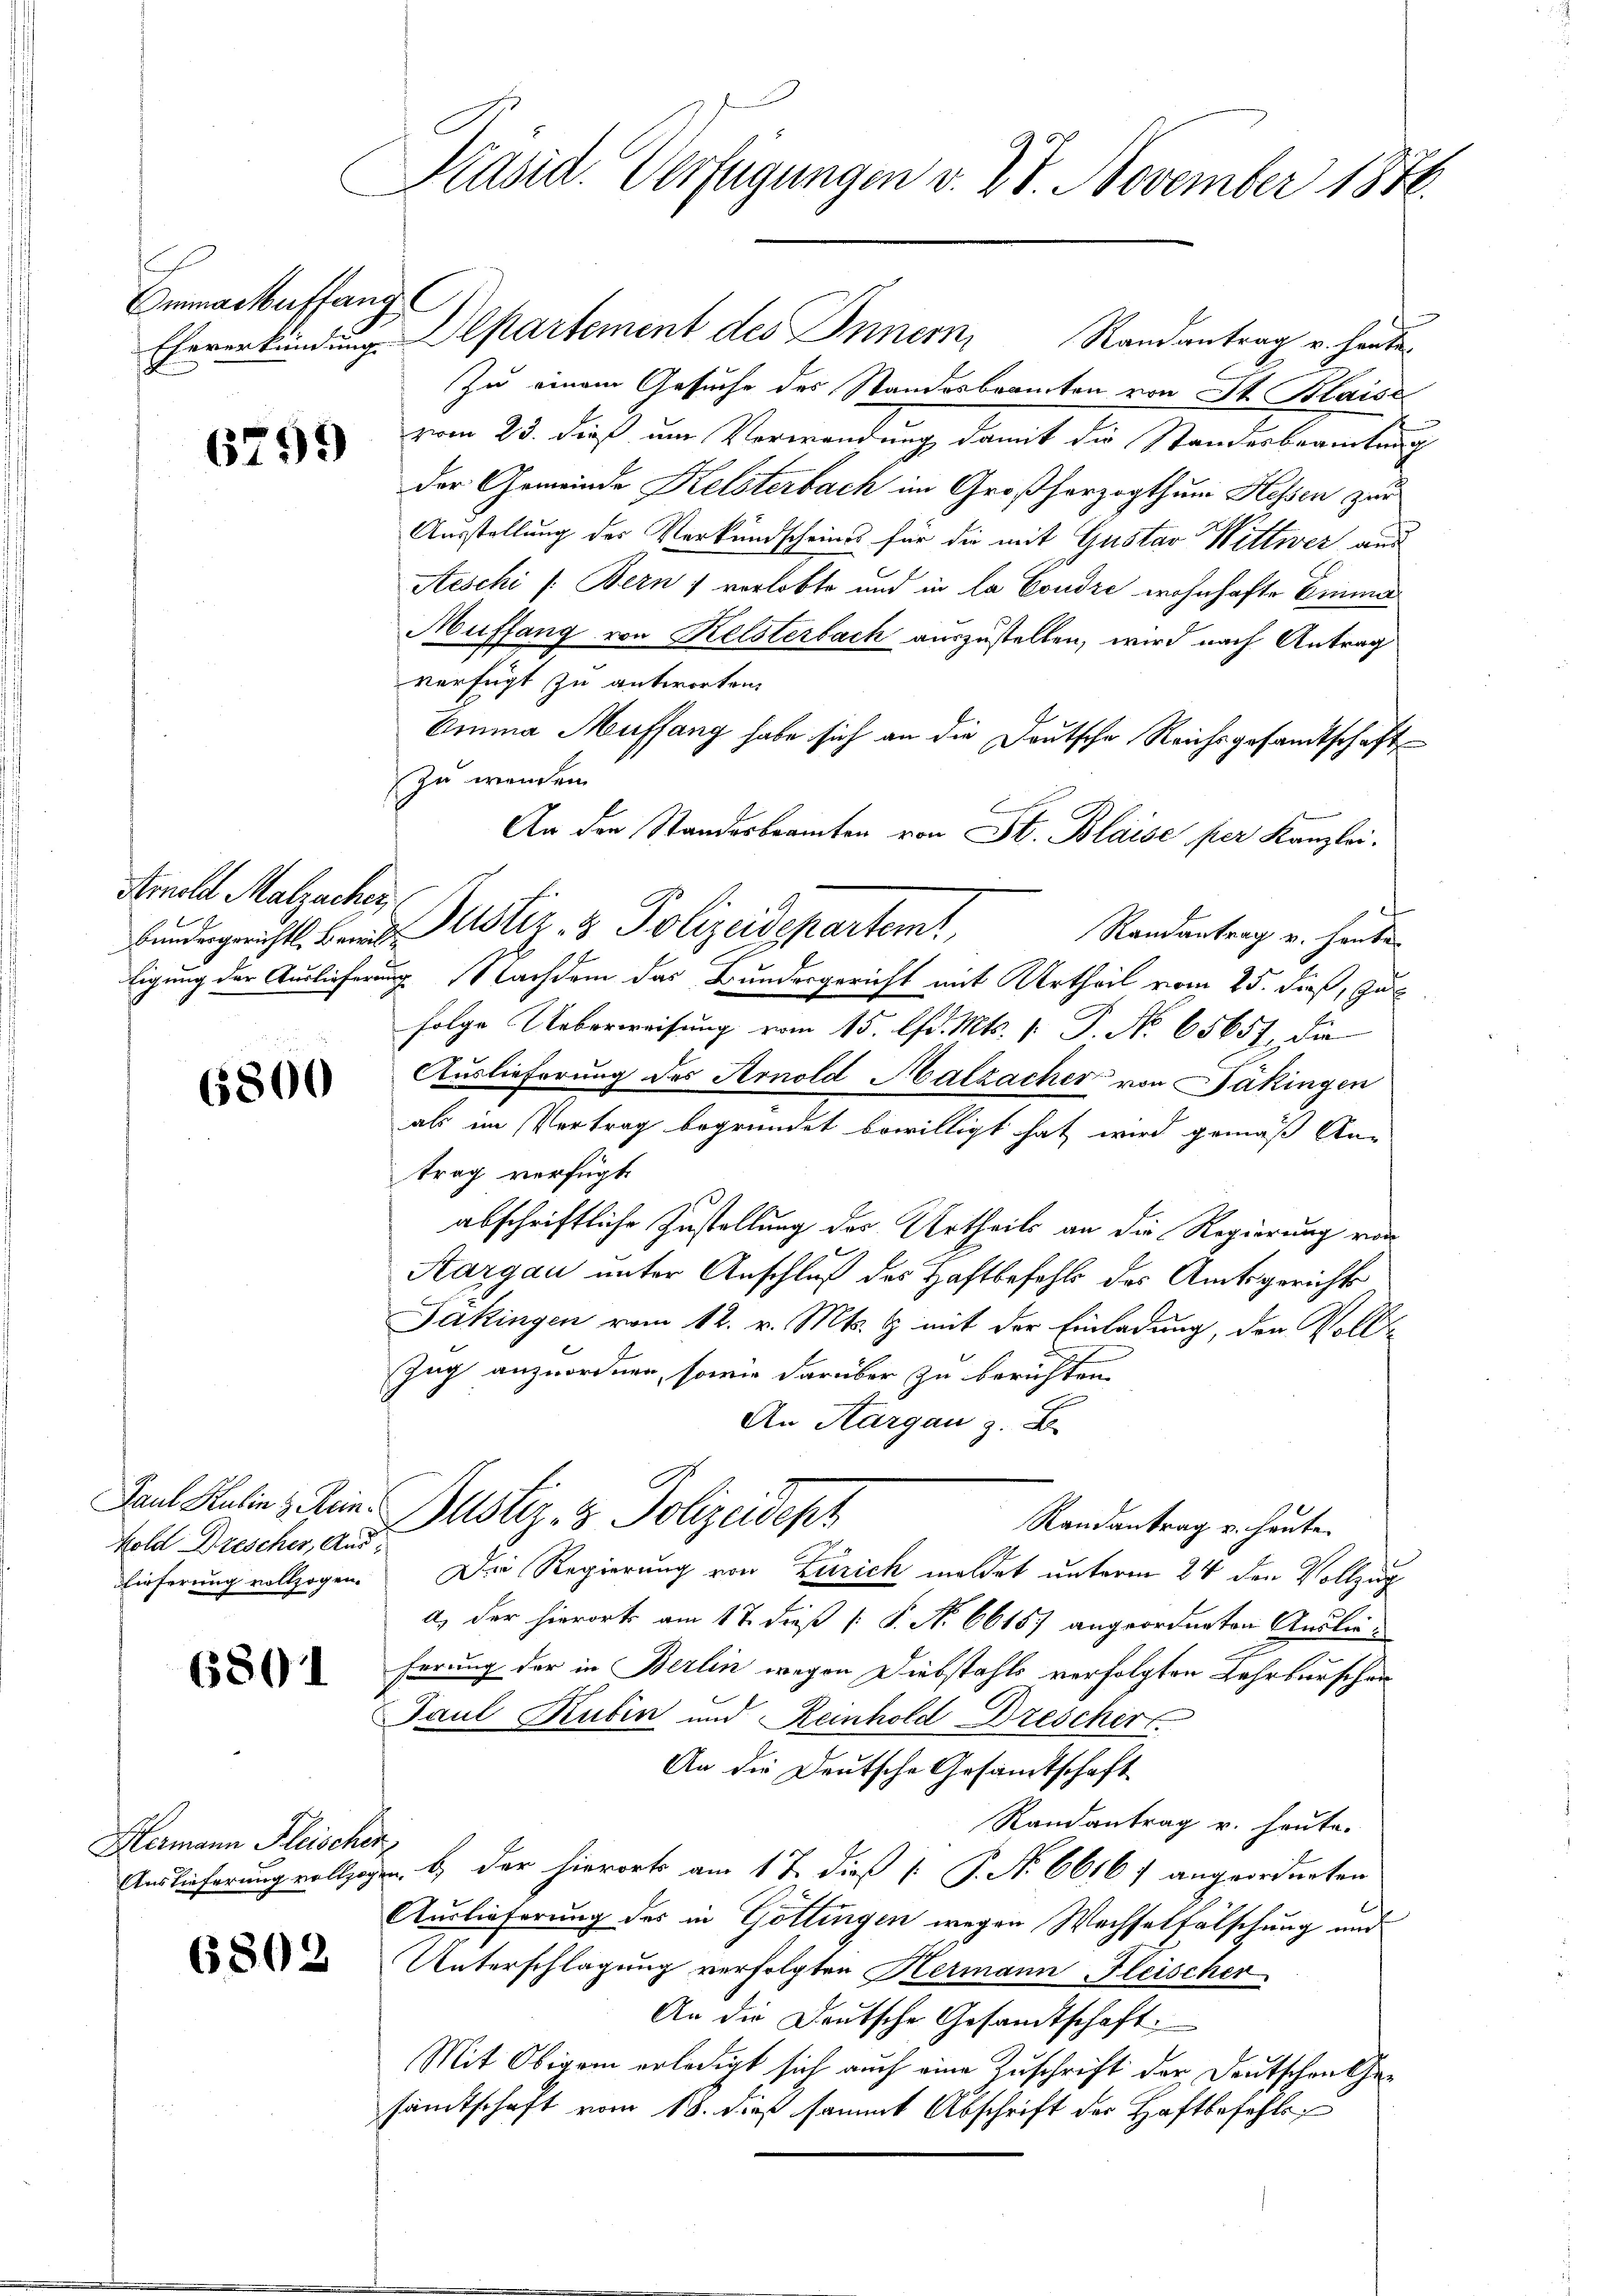
Emmacheffang

6299

Arnold Malzacher

65800

kold Drescher, Aus¬
Lieferung vollzogen.

6801

Hermann Fleischer,
Auslieferung vollzo

6802

Präsid. Verfügungen v. 24. November 1846.

Eheverkündung Departement des Innern, Randantrag u. heute
Zu einem Gesuche des Standesbeamten von St. Blaise
vom 25. dieß um Verwendung damit die Standesbeamtung
der Gemeinde Kelsterbach im Großherzogthum Hessen zur
Ausstellung des Verkundscheines für die mit Gustav Wittwer aus
Aeschi /: Bern) verlobte und in la Condre wohnhafte Einma
Auffang von Kelsterbach auszustellen, wird nach Antrag
verfügt zu antworten.
Emma Muffang habe sich an die Deutsche Reichsgesandtschaft
zu wenden.
An den Standesbeamten von St. Blaise per Kanzlei.
Randantrag u. heute
ligung der Auslieferung Nachdem das Bundesgericht mit Urtheil vom 25. dieß, zur
folge Ueberweisung vom 15. d. Mts. v. P. No. 65657, die
Auslieferung des Arnold Malzacher von Säkingen
als im Vertrag begründet bewilligt hat wird gemäß An-
trag verfügt
abschriftliche Zustellung des Urtheils an die Regierung von
Aargau unter Anschluß des Haftbefehls des Amtsgerichts
Jakingen vom 12. v. Mts. & mit der Einladung, den Voll
Zug anzuordnen, sowie darüber zu berichten.
An Aargau z. B
Paul Kalin & Rein. Gustiz- & Polizeidesh
Randantrag u. heute.
Die Regierung von Zürich meldet unterm 24 den Vollzug
a) der hierort am 17. dieß [ P. No 6615) angeordneten Auslieferung der in Berlin wegen Diebstahls verfolgten Lehrburschen
Paul Rubin und Reinhold Dreschert.
An die Deutsche Gesamtschaft
Randantrag v. heute.
 b. der hierorts am 17. dieß [ P. No 66167 angeordneten
Auslieferung des in Göttingen wegen Wechselfälschung und
Unterschlagung verfolgten Hermann Fleischer
An die Deutsche Gesandtschaft.
Mit Obigem erledigt sich auch eine Zuschrift der Deutschen Gesamtschaft vom 18. dieß sammt Abschrift der Haftbefehls

Bundesgerichts. Bene Justiz- & Polizeidepartem